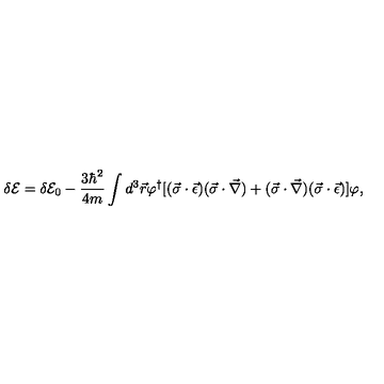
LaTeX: \delta { \cal E } = \delta { \cal E } _ { 0 } - \frac { 3 \hbar ^ { 2 } } { 4 m } \int d ^ { 3 } \vec { r } \varphi ^ { \dagger } [ ( \vec { \sigma } \cdot \vec { \epsilon } ) ( \vec { \sigma } \cdot \vec { \nabla } ) + ( \vec { \sigma } \cdot \vec { \nabla } ) ( \vec { \sigma } \cdot \vec { \epsilon } ) ] \varphi { , }